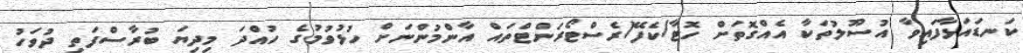
ކަނޑައަޅާފައިވާ އުސޫލުތަކާ އެއްގޮތަށް ހޮޓާ/ކެފޭ/ރެސްޓޯރަންޓްތައް އާންމުންނަށް ހުޅުވުމުގެ ހުއްދަ މިދިޔަ ބުރާސްފަތި ދުވަހު